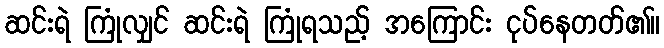
ဆင်းရဲ ကြုံလျှင် ဆင်းရဲ ကြုံရသည့် အကြောင်း ငုပ်နေတတ်၏။